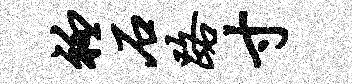
衽石路寸